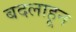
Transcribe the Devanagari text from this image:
बदलाहून